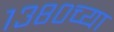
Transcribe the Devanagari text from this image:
१३८०च्या